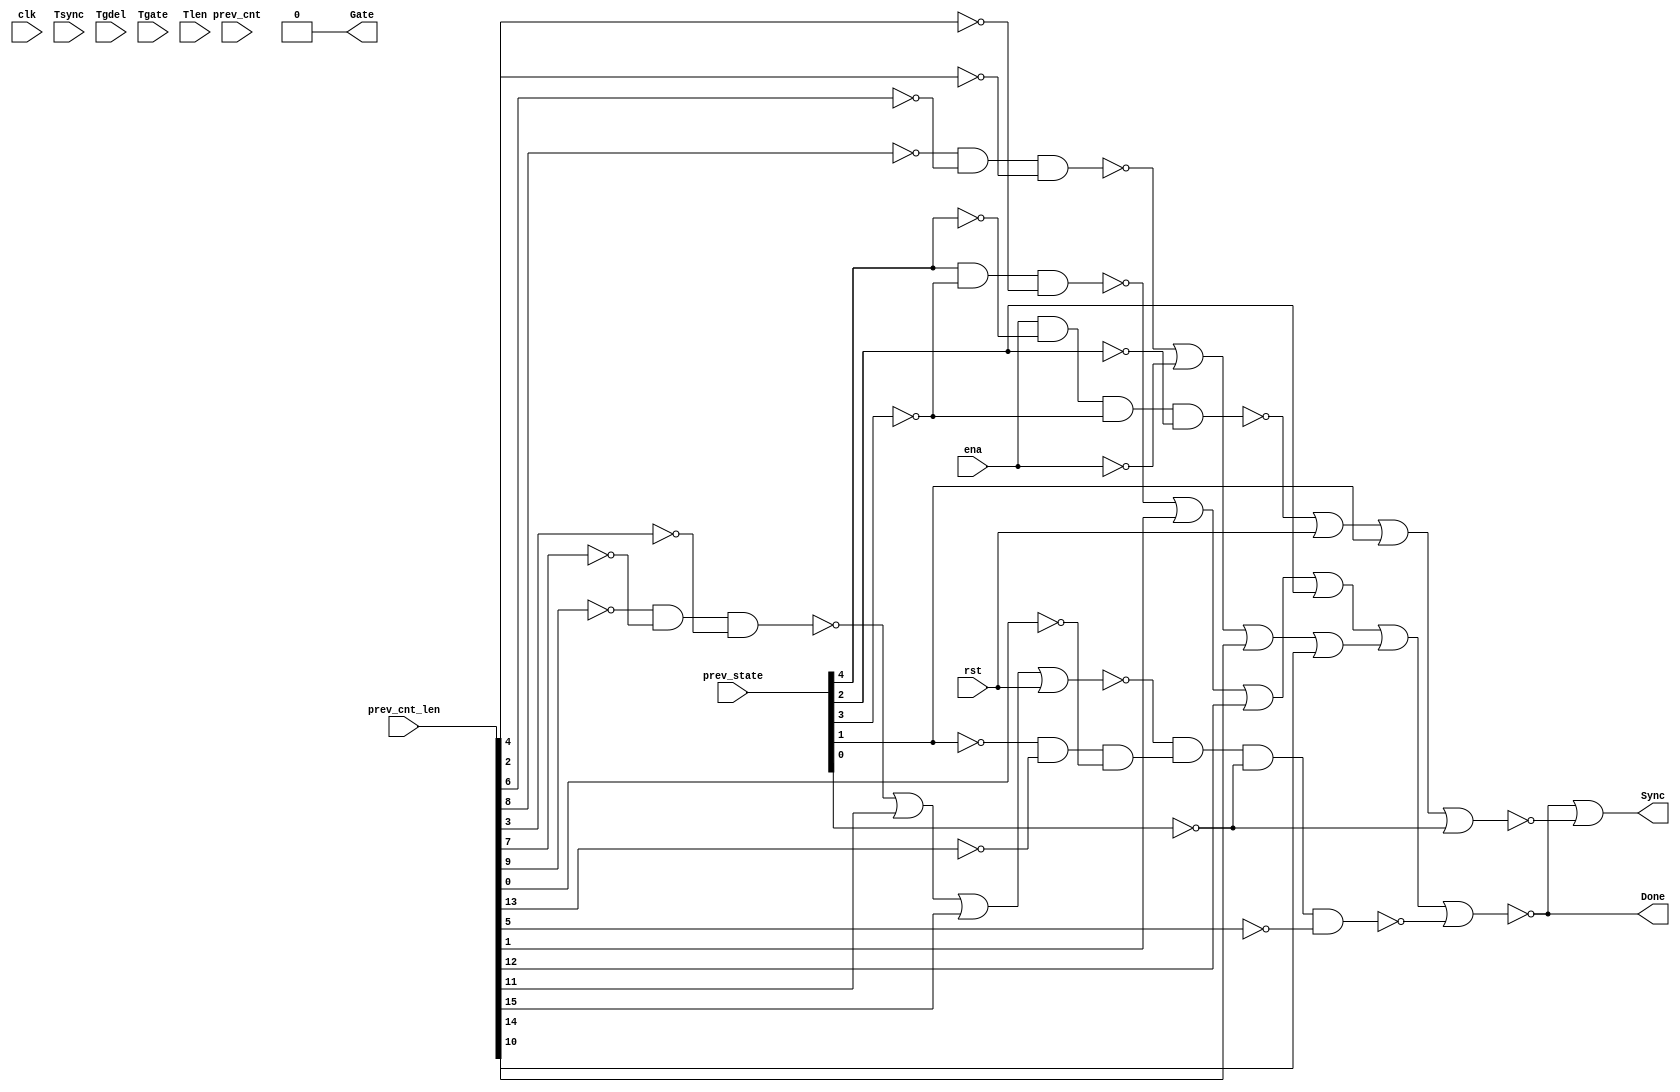

// Generated by Cadence Encounter(R) RTL Compiler RC11.10 - v11.10-p005_1

// Verification Directory fv/vga_vtim 

module top(clk, ena, rst, Tsync, Tgdel, Tgate, Tlen, Sync, Gate,
     Done, prev_state, prev_cnt, prev_cnt_len);
  input clk, ena, rst;
  input [7:0] Tsync, Tgdel;
  input [15:0] Tgate, Tlen, prev_cnt, prev_cnt_len;
  input [4:0] prev_state;
  output Sync, Gate, Done;
  wire clk, ena, rst;
  wire [7:0] Tsync, Tgdel;
  wire [15:0] Tgate, Tlen, prev_cnt, prev_cnt_len;
  wire [4:0] prev_state;
  wire Sync, Gate, Done;
  wire n_97, n_100, n_269, n_343, n_344, n_345, n_346, n_347;
  wire n_348, n_349, n_350, n_351, n_352, n_353, n_354, n_355;
  wire n_356, n_357, n_358, n_359, n_360, n_361, n_362, n_363;
  wire n_364, n_365, n_366, n_367, n_368, n_369;
  assign Gate = 1'b0;
  nor g33 (n_269, Done, n_369);
  not g40 (Sync, n_269);
  nor g59 (n_100, n_359, prev_cnt_len[1], prev_cnt_len[12],
       prev_state[2]);
  nor g63 (n_97, n_364, prev_cnt_len[11], prev_cnt_len[15], rst);
  not g307 (n_343, prev_state[2]);
  not g308 (n_344, prev_cnt_len[4]);
  not g309 (n_345, prev_state[3]);
  not g310 (n_346, prev_state[4]);
  not g311 (n_347, prev_cnt_len[2]);
  not g312 (n_348, prev_cnt_len[6]);
  not g313 (n_349, prev_cnt_len[8]);
  not g314 (n_350, prev_cnt_len[3]);
  not g315 (n_351, prev_cnt_len[7]);
  not g316 (n_352, prev_cnt_len[9]);
  not g317 (n_353, prev_cnt_len[0]);
  not g318 (n_354, prev_cnt_len[13]);
  not g319 (n_355, prev_state[1]);
  not g320 (n_356, ena);
  not g321 (n_357, prev_state[0]);
  not g322 (n_358, prev_cnt_len[5]);
  nand g323 (n_359, prev_state[4], n_345, n_344);
  not g324 (n_360, n_100);
  nand g325 (n_361, n_349, n_348, n_347);
  nor g326 (n_362, n_361, n_356, prev_cnt_len[14], prev_cnt_len[10]);
  not g327 (n_363, n_362);
  nand g328 (n_364, n_352, n_351, n_350);
  nand g329 (n_365, n_355, n_354, n_353);
  not g330 (n_366, n_365);
  nand g331 (n_367, n_97, n_366, n_357, n_358);
  nor g332 (Done, n_360, n_363, n_367);
  nand g333 (n_368, ena, n_346, n_345, n_343);
  nor g334 (n_369, n_368, rst, prev_state[1], n_357);
endmodule